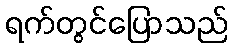
ရက်တွင်ပြောသည်